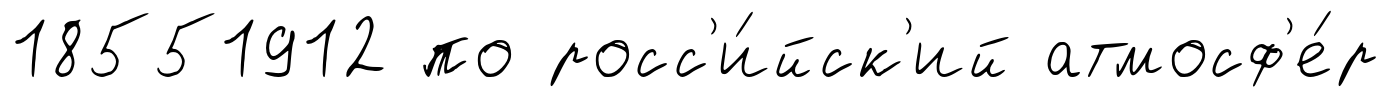
18551912 по росс'и́йск'ий атмосф'е́р